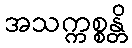
အသက္ကစ္စန္တိ